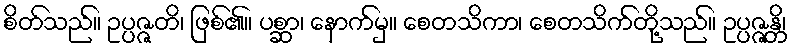
စိတ်သည်။ ဥပ္ပဇ္ဇတိ၊ ဖြစ်၏။ ပစ္ဆာ၊ နောက်မှ။ စေတသိကာ၊ စေတသိက်တို့သည်။ ဥပ္ပဇ္ဇန္တိ၊